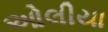
ઓલીયા